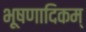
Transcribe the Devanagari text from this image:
भूषणादिकम्